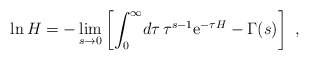
\begin{align*}\ln H=-\lim_{s\rightarrow0}\left[\int_{0}^{\infty}\!d\tau\,\tau^{s-1}{\mathrm e}^{-\tau H}-\Gamma(s)\right]\ ,\end{align*}